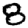
Digit: 8